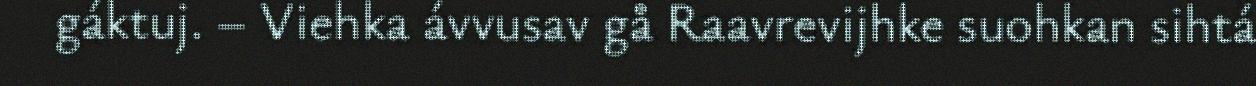
gáktuj. – Viehka ávvusav gå Raavrevijhke suohkan sihtá